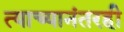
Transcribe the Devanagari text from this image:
त्याच्यानंतरही